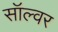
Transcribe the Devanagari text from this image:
सॉल्वर